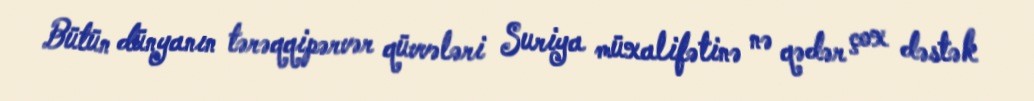
Bütün dünyanın tərəqqipərvər qüvvələri Suriya müxalifətinə nə qədər çox dəstək